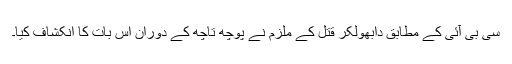
سی بی آئی کے مطابق دابھولکر قتل کے ملزم نے پوچھ تاچھ کے دوران اس بات کا انکشاف کیا۔